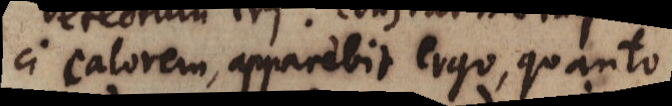
ci calorem, apparebit ergo, quanto